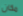
مكان